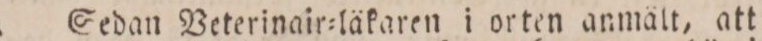
Sedan Veterinair=läkaren i orten anmält, att